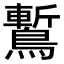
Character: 䳻